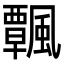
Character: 𩙀